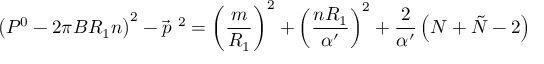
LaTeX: \left( P ^ { 0 } - 2 \pi B R _ { 1 } n \right) ^ { 2 } - { \vec { p } } ^ { ~ 2 } = \left( \frac { m } { R _ { 1 } } \right) ^ { 2 } + \left( \frac { n R _ { 1 } } { \alpha ^ { \prime } } \right) ^ { 2 } + \frac { 2 } { \alpha ^ { \prime } } \left( N + \tilde { N } - 2 \right)